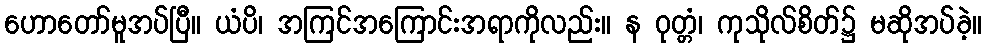
ဟောတော်မူအပ်ပြီ။ ယံပိ၊ အကြင်အကြောင်းအရာကိုလည်း။ န ဝုတ္တံ၊ ကုသိုလ်စိတ်၌ မဆိုအပ်ခဲ့။